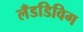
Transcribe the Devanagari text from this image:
लँडडिविग